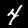
Label: 4